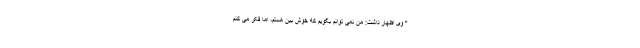
" وی اظهار داشت: من نمی توانم بگویم که خوش بین هستم، اما فکر می کنم